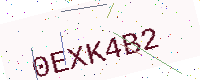
Text: 0EXK4B2